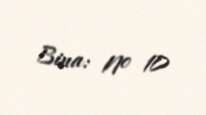
Bina: № 10